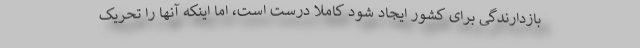
بازدارندگی برای کشور ایجاد شود کاملا درست است، اما اینکه آنها را تحریک